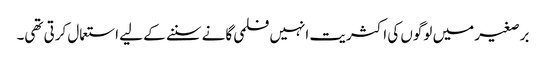
برصغیر میں لوگوں کی اکثریت انہیں فلمی گانے سننے کے لیے استعمال کرتی تھی۔